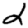
Digit: 2